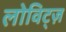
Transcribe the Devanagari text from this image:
लोविट्ज़